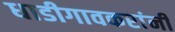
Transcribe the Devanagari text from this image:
धाडीगावकरांनी